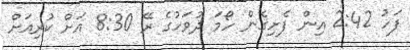
ފަހު 2:42 އިން ފެށިގެން ހޯމަ ދުވަހުގެ ރޭ 8:30 އަށް ކުރިއަށް